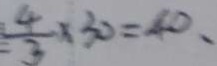
\frac { 4 } { 3 } \times 3 0 = 4 0 ,